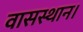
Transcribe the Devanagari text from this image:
वासस्थान।